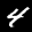
Label: 4